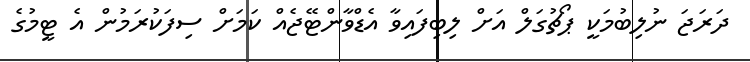
ދަރަޖަ ނުލިބުމަކީ ޕޯޗުގަލް އަށް ލިބިފައިވާ އެޑްވާންޓޭޖެއް ކަމަށް ސިފަކުރަމުން އެ ޓީމުގެ